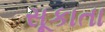
સૂકાતા